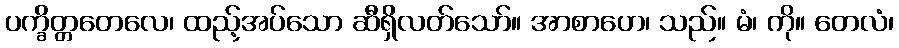
ပက္ခိတ္တတေလေ၊ ထည့်အပ်သော ဆီရှိလတ်သော်။ အာစာဟေ၊ သည်။ မံ၊ ကို။ တေလံ၊